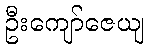
ဦးကျော်ဇေယျ